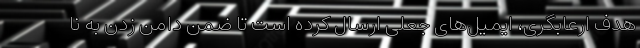
هدف ارعابگری، ایمیل‌های جعلی ارسال کرده است تا ضمن دامن زدن به نا